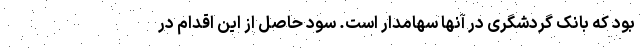
بود که بانک گردشگری در آنها سهامدار است. سود حاصل از این اقدام در